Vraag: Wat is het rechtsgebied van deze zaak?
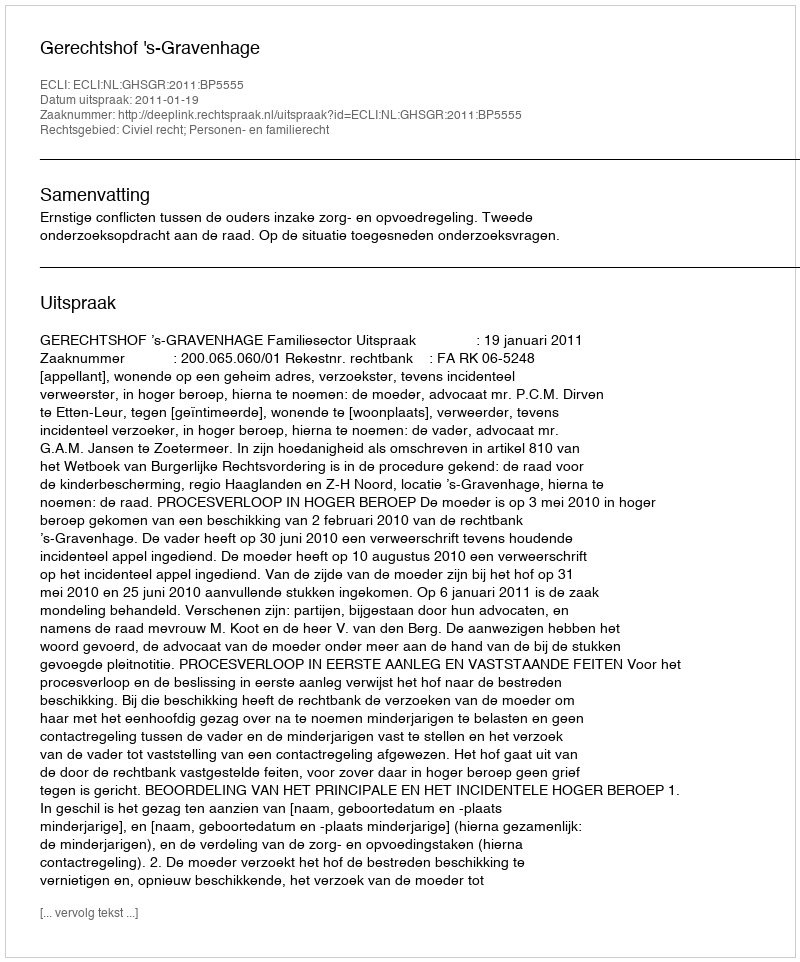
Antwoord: Civiel recht; Personen- en familierecht